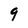
Character: 9